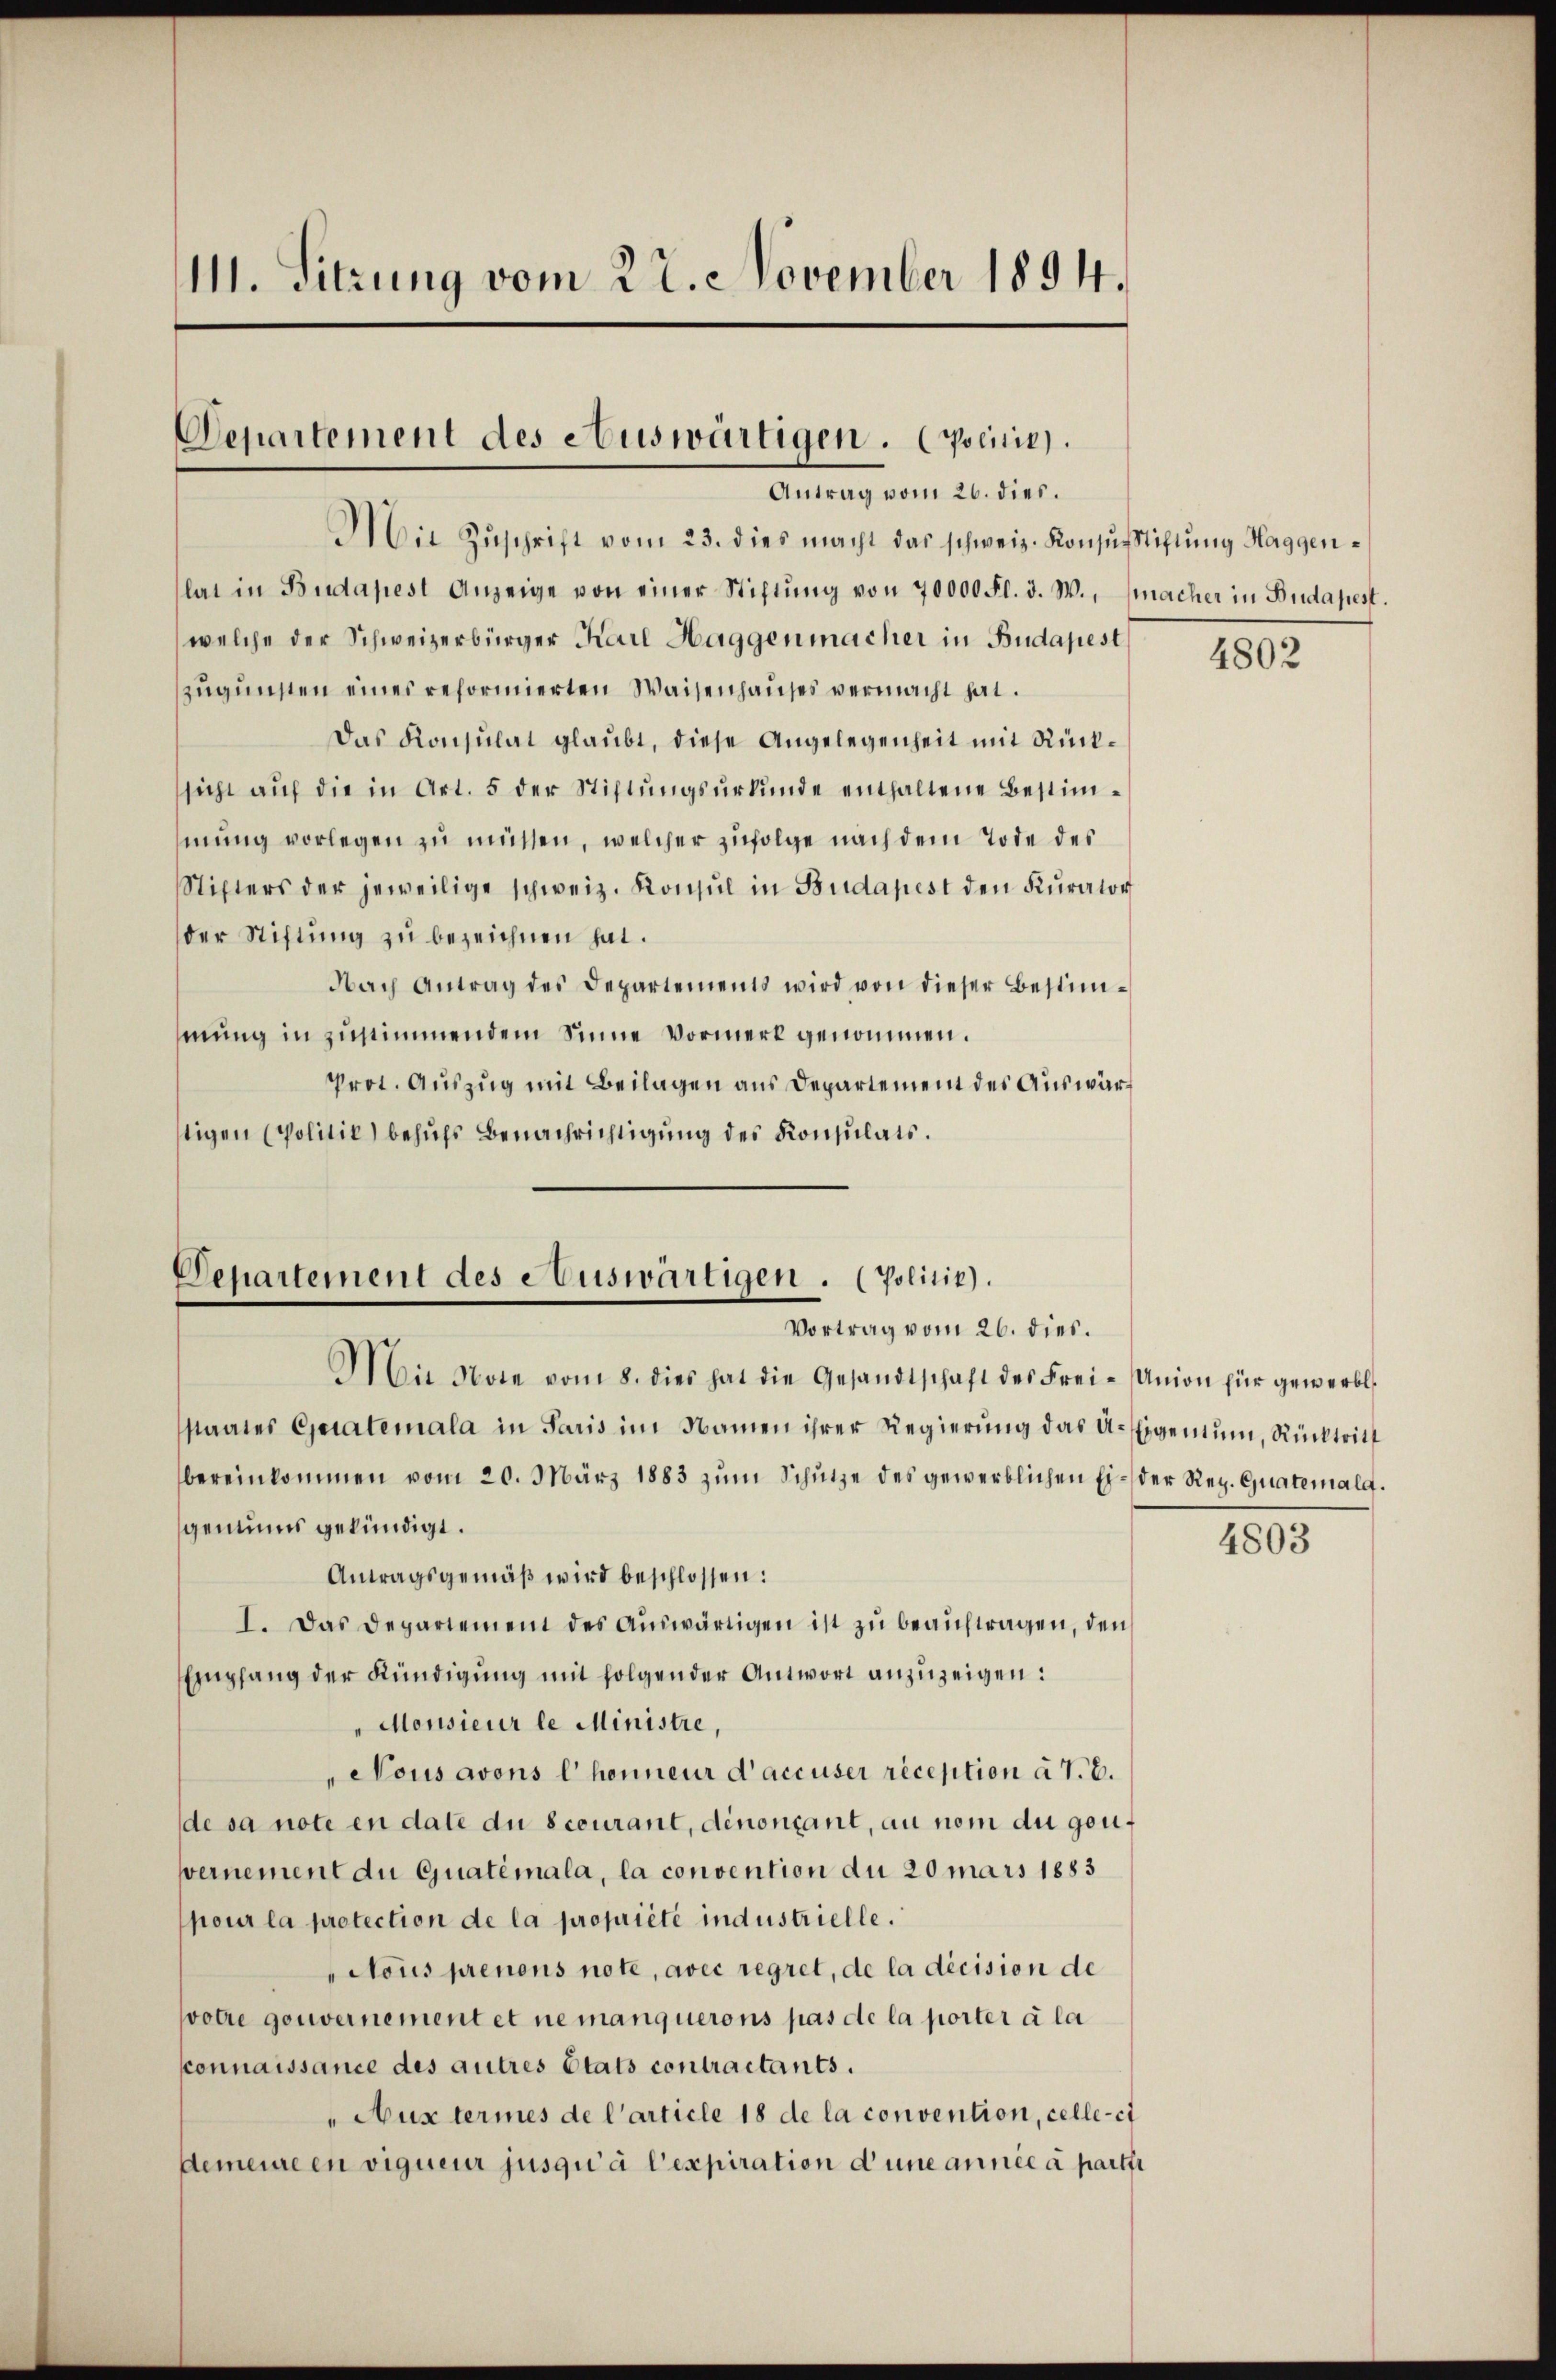
111. Sitzung vom 22. November 1894.

Departement des etuswärtigen. Oscisis).
Antrag vom 26. dies.

Mit Zŭschrift vom 23. dies macht das schweiz. Konsŭsstiftŭng Haggenlat in Budapest Anzeige von einer Stiftŭng von 70000 Fl. d. W., macher in Budapest.
welche der Schweizerbürger Karl Haggenmacher in Budapest
zugunsten eines reformierten Waisenhauses vermacht hat.
Das Konsulat glaubt, diese Angelegenheit mit Rücksicht auf die in Art. 5 der Stiftungsurkunde enthaltene Bestimmung vorlegen zu müssen, welcher zufolge nach dem Tode des
Stifters der jeweilige schweiz. Konsul in Budapest den Kurator
der Stiftung zu bezeichnen hat.
Nach Antrag des Departements wird von dieser Bestim-
mung in zustimmendem Sinne Vormerk genommen.
Prot. Auszug mit Beilagen aus Departement des Auswärstigen (Politie) behufs Benachrichtigung des Konsulats.

Departement des eauswärtigen. (Politik).
Vortrag vom 26. dies.

Mit Note vom 8. dies hat die Gesandtschaft des Frei-Union für gewerbl
staates Curatemala in Paris im Namen ihrer Regierung das A-Eigentum, Rücktritt
bereinkommen vom 20. März 1883 zŭm Schütze des gewerblichen Ei- der Reg. Quatemalg.
genus gekündigt.
Antragsgemäß wird beschlossen:
I. Das Departement des Auswärtigen ist zu beauftragen, den
Empfang der Kündigung mit folgender Antwort anzuzeigen:
Monsieur le Ministre,
Nous avons l’honneur d’accuser reception à 7. E.
de sa note en date du courant, denonçant, au nom du geuvernement du Gjuatémala, la convention du 20 mars 1883
pour la protection de la propriété industrielle.
Nous prenons note, avec regret, de la décision de
Wotre gouvernement et nemanquerons pas de la porter à la
connaissance des autres Etats contractants.
Auxtermes de l’article 18 de la convention, celle-ci
demeure en vigueur jusqu’à l’expiration d’une année à parti

4802

4803